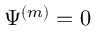
\Psi ^ { ( m ) } = 0